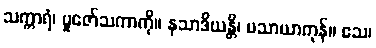
သက္ကာရံ၊ ပူဇော်သကာကို။ နသာဒိယန္တိ၊ မသာယာကုန်။ ဧသ၊